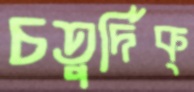
চতুর্দিক্‌